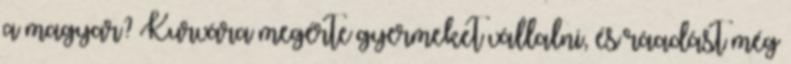
a magyar? Kurvára megérte gyermeket vállalni, és ráadást még